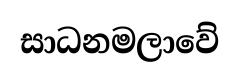
සාධනමලාවේ